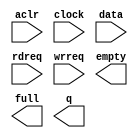
// megafunction wizard: %FIFO%VBB%
// GENERATION: STANDARD
// VERSION: WM1.0
// MODULE: scfifo 

// ============================================================
// Megafunction Name(s):
// 			scfifo
//
// Simulation Library Files(s):
// 			altera_mf
// ============================================================
// ************************************************************
// THIS IS A WIZARD-GENERATED FILE. DO NOT EDIT THIS FILE!
//
// 9.1 Build 350 03/24/2010 SP 2 SJ Full Version
// ************************************************************

//Copyright (C) 1991-2010 Altera Corporation
//Your use of Altera Corporation's design tools, logic functions 
//and other software and tools, and its AMPP partner logic 
//functions, and any output files from any of the foregoing 
//(including device programming or simulation files), and any 
//associated documentation or information are expressly subject 
//to the terms and conditions of the Altera Program License 
//Subscription Agreement, Altera MegaCore Function License 
//Agreement, or other applicable license agreement, including, 
//without limitation, that your use is for the sole purpose of 
//programming logic devices manufactured by Altera and sold by 
//Altera or its authorized distributors.  Please refer to the 
//applicable agreement for further details.

module Fifo_256x13 (
	aclr,
	clock,
	data,
	rdreq,
	wrreq,
	empty,
	full,
	q);

	input	  aclr;
	input	  clock;
	input	[12:0]  data;
	input	  rdreq;
	input	  wrreq;
	output	  empty;
	output	  full;
	output	[12:0]  q;

endmodule

// ============================================================
// CNX file retrieval info
// ============================================================
// Retrieval info: PRIVATE: AlmostEmpty NUMERIC "0"
// Retrieval info: PRIVATE: AlmostEmptyThr NUMERIC "-1"
// Retrieval info: PRIVATE: AlmostFull NUMERIC "0"
// Retrieval info: PRIVATE: AlmostFullThr NUMERIC "-1"
// Retrieval info: PRIVATE: CLOCKS_ARE_SYNCHRONIZED NUMERIC "1"
// Retrieval info: PRIVATE: Clock NUMERIC "0"
// Retrieval info: PRIVATE: Depth NUMERIC "256"
// Retrieval info: PRIVATE: Empty NUMERIC "1"
// Retrieval info: PRIVATE: Full NUMERIC "1"
// Retrieval info: PRIVATE: INTENDED_DEVICE_FAMILY STRING "Arria GX"
// Retrieval info: PRIVATE: LE_BasedFIFO NUMERIC "0"
// Retrieval info: PRIVATE: LegacyRREQ NUMERIC "0"
// Retrieval info: PRIVATE: MAX_DEPTH_BY_9 NUMERIC "0"
// Retrieval info: PRIVATE: OVERFLOW_CHECKING NUMERIC "0"
// Retrieval info: PRIVATE: Optimize NUMERIC "2"
// Retrieval info: PRIVATE: RAM_BLOCK_TYPE NUMERIC "0"
// Retrieval info: PRIVATE: SYNTH_WRAPPER_GEN_POSTFIX STRING "0"
// Retrieval info: PRIVATE: UNDERFLOW_CHECKING NUMERIC "0"
// Retrieval info: PRIVATE: UsedW NUMERIC "0"
// Retrieval info: PRIVATE: Width NUMERIC "13"
// Retrieval info: PRIVATE: dc_aclr NUMERIC "0"
// Retrieval info: PRIVATE: diff_widths NUMERIC "0"
// Retrieval info: PRIVATE: msb_usedw NUMERIC "0"
// Retrieval info: PRIVATE: output_width NUMERIC "13"
// Retrieval info: PRIVATE: rsEmpty NUMERIC "1"
// Retrieval info: PRIVATE: rsFull NUMERIC "0"
// Retrieval info: PRIVATE: rsUsedW NUMERIC "0"
// Retrieval info: PRIVATE: sc_aclr NUMERIC "1"
// Retrieval info: PRIVATE: sc_sclr NUMERIC "0"
// Retrieval info: PRIVATE: wsEmpty NUMERIC "0"
// Retrieval info: PRIVATE: wsFull NUMERIC "1"
// Retrieval info: PRIVATE: wsUsedW NUMERIC "0"
// Retrieval info: CONSTANT: ADD_RAM_OUTPUT_REGISTER STRING "OFF"
// Retrieval info: CONSTANT: INTENDED_DEVICE_FAMILY STRING "Arria GX"
// Retrieval info: CONSTANT: LPM_NUMWORDS NUMERIC "256"
// Retrieval info: CONSTANT: LPM_SHOWAHEAD STRING "ON"
// Retrieval info: CONSTANT: LPM_TYPE STRING "scfifo"
// Retrieval info: CONSTANT: LPM_WIDTH NUMERIC "13"
// Retrieval info: CONSTANT: LPM_WIDTHU NUMERIC "8"
// Retrieval info: CONSTANT: OVERFLOW_CHECKING STRING "ON"
// Retrieval info: CONSTANT: UNDERFLOW_CHECKING STRING "ON"
// Retrieval info: CONSTANT: USE_EAB STRING "ON"
// Retrieval info: USED_PORT: aclr 0 0 0 0 INPUT NODEFVAL aclr
// Retrieval info: USED_PORT: clock 0 0 0 0 INPUT NODEFVAL clock
// Retrieval info: USED_PORT: data 0 0 13 0 INPUT NODEFVAL data[12..0]
// Retrieval info: USED_PORT: empty 0 0 0 0 OUTPUT NODEFVAL empty
// Retrieval info: USED_PORT: full 0 0 0 0 OUTPUT NODEFVAL full
// Retrieval info: USED_PORT: q 0 0 13 0 OUTPUT NODEFVAL q[12..0]
// Retrieval info: USED_PORT: rdreq 0 0 0 0 INPUT NODEFVAL rdreq
// Retrieval info: USED_PORT: wrreq 0 0 0 0 INPUT NODEFVAL wrreq
// Retrieval info: CONNECT: @data 0 0 13 0 data 0 0 13 0
// Retrieval info: CONNECT: q 0 0 13 0 @q 0 0 13 0
// Retrieval info: CONNECT: @wrreq 0 0 0 0 wrreq 0 0 0 0
// Retrieval info: CONNECT: @rdreq 0 0 0 0 rdreq 0 0 0 0
// Retrieval info: CONNECT: @clock 0 0 0 0 clock 0 0 0 0
// Retrieval info: CONNECT: full 0 0 0 0 @full 0 0 0 0
// Retrieval info: CONNECT: empty 0 0 0 0 @empty 0 0 0 0
// Retrieval info: CONNECT: @aclr 0 0 0 0 aclr 0 0 0 0
// Retrieval info: LIBRARY: altera_mf altera_mf.altera_mf_components.all
// Retrieval info: GEN_FILE: TYPE_NORMAL Fifo_256x13.v TRUE
// Retrieval info: GEN_FILE: TYPE_NORMAL Fifo_256x13.inc FALSE
// Retrieval info: GEN_FILE: TYPE_NORMAL Fifo_256x13.cmp FALSE
// Retrieval info: GEN_FILE: TYPE_NORMAL Fifo_256x13.bsf TRUE
// Retrieval info: GEN_FILE: TYPE_NORMAL Fifo_256x13_inst.v FALSE
// Retrieval info: GEN_FILE: TYPE_NORMAL Fifo_256x13_bb.v TRUE
// Retrieval info: GEN_FILE: TYPE_NORMAL Fifo_256x13_waveforms.html TRUE
// Retrieval info: GEN_FILE: TYPE_NORMAL Fifo_256x13_wave*.jpg FALSE
// Retrieval info: LIB_FILE: altera_mf